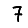
Digit: 7